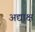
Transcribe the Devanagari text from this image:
अद्याक्ष